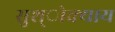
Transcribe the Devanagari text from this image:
सुश्ोक्याय